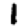
Digit: 1